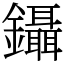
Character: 鑷